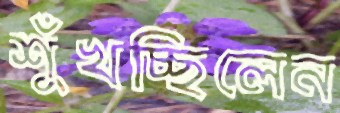
শুঁখচ্ছিলেন